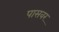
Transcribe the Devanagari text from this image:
पासवर